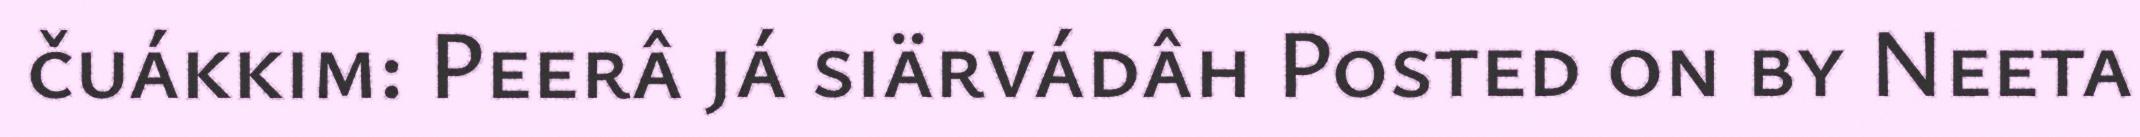
čuákkim: Peerâ já siärvádâh Posted on by Neeta